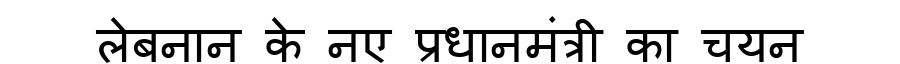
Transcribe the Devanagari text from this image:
लेबनान के नए प्रधानमंत्री का चयन